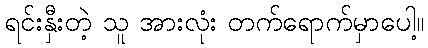
ရင်းနှီးတဲ့ သူ အားလုံး တက်ရောက်မှာပေါ့။